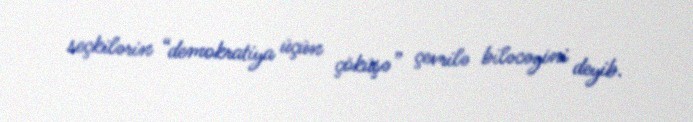
seçkilərin “demokratiya üçün çöküşə” çevrilə biləcəyini deyib.